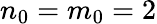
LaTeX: n_{0}=m_{0}=2